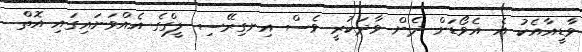
ވާޑީއާއެކު އެ އެވޯޑަށް ދެން ވާދަކުރީ ވެސް އިނގިރޭސި ލީގްގެ އެއްވަނައިގައި އޮތް